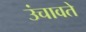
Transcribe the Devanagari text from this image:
उंचावते